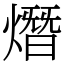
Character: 熸